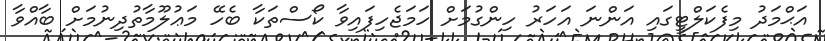
އަޙްމަދު މިފެކަލްޓީގައި އަންނަ އަހަރު ހިންގުމަށް ހަމަޖެހިފައިވާ ކޯސްތަކާ ބެހޭ މަޢުލޫމާތުދިނުމަށް ބާއްވާ